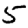
Digit: 5